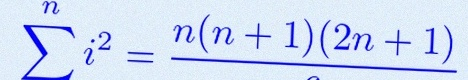
\sum_{i=1}^{n}i^2=\frac{n(n+1)(2n+1)}6